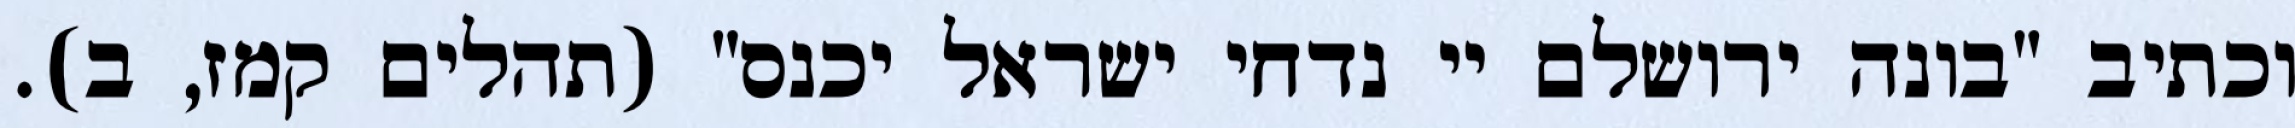
וכתיב "בונה ירושלם יי נדחי ישראל יכנס" (תהלים קמז, ב).